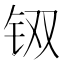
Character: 𲇵